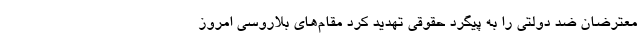
معترضان ضد دولتی را به پیگرد حقوقی تهدید کرد مقام‌های بلاروسی امروز